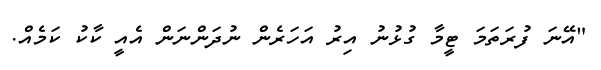
"އޭނަ ފުރަތަމަ ޓީމާ ގުޅުނު އިރު އަހަރެން ނުދަންނަން އެއީ ކާކު ކަމެއް.